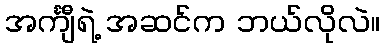
အင်္ကျီရဲ့ အဆင်က ဘယ်လိုလဲ။